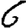
Digit: 6